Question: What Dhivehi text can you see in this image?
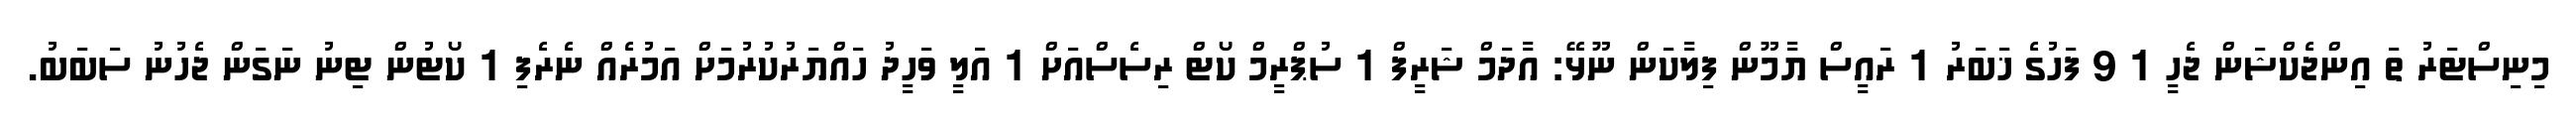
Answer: މިނިސްޓަރު ތަ އިންޖެކްޝަން ޖެހީ 1 9 ފަހުގެ ޚަބަރު 1 ރައީސް ޔާމޫން ފިލާކަން ނޫޅޭ: އާދަމް ޝަރީފް 1 ސުޕްރީމް ކޯޓް ރިސެސްއަށް 1 އަލީ ވަހީދު ހައްޔަރުކުރުމަށް އަމުރެއް ނެރެފި 1 ކޯޓުން ޓިނު ނަގަން ޖެހުނު ސަބަބު.